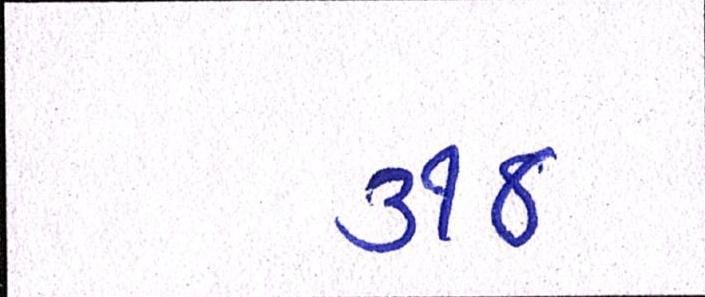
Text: ૩૧૪